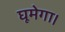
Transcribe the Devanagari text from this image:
घूमेगा।